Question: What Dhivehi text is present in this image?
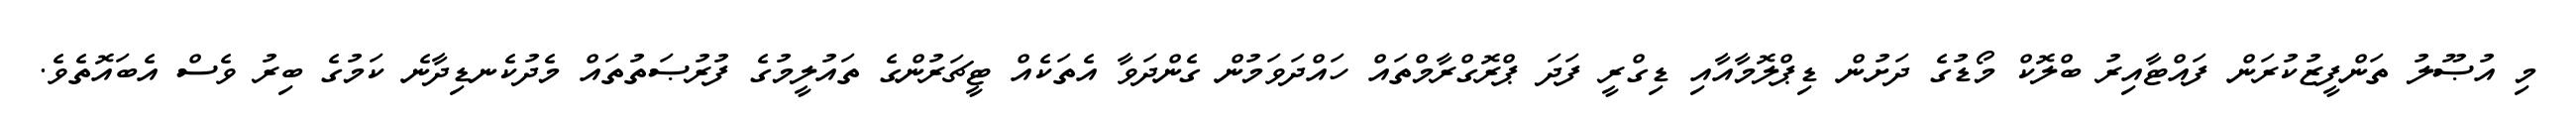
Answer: މި އުޞޫލު ތަންފީޒުކުރަން ފައްޓާއިރު ބްލޮކް މޯޑުގެ ދަށުން ޑިޕްލޮމާއާއި ޑިގްރީ ފަދަ ޕްރޮގްރާމްތައް ހައްދަވަމުން ގެންދަވާ އެތަކެއް ޓީޗަރުންގެ ތައުލީމުގެ ފުރުޞަތުތައް މެދުކެނޑިދާނެ ކަމުގެ ބިރު ވެސް އެބައޮތެވެ.